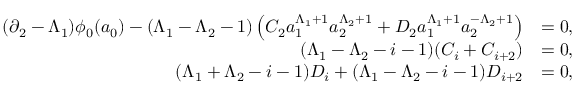
\begin{array} { r l } { ( \partial _ { 2 } - \Lambda _ { 1 } ) \phi _ { 0 } ( a _ { 0 } ) - ( \Lambda _ { 1 } - \Lambda _ { 2 } - 1 ) \left( C _ { 2 } a _ { 1 } ^ { \Lambda _ { 1 } + 1 } a _ { 2 } ^ { \Lambda _ { 2 } + 1 } + D _ { 2 } a _ { 1 } ^ { \Lambda _ { 1 } + 1 } a _ { 2 } ^ { - \Lambda _ { 2 } + 1 } \right) } & { = 0 , } \\ { ( \Lambda _ { 1 } - \Lambda _ { 2 } - i - 1 ) ( C _ { i } + C _ { i + 2 } ) } & { = 0 , } \\ { \ ( \Lambda _ { 1 } + \Lambda _ { 2 } - i - 1 ) D _ { i } + ( \Lambda _ { 1 } - \Lambda _ { 2 } - i - 1 ) D _ { i + 2 } } & { = 0 , } \end{array}